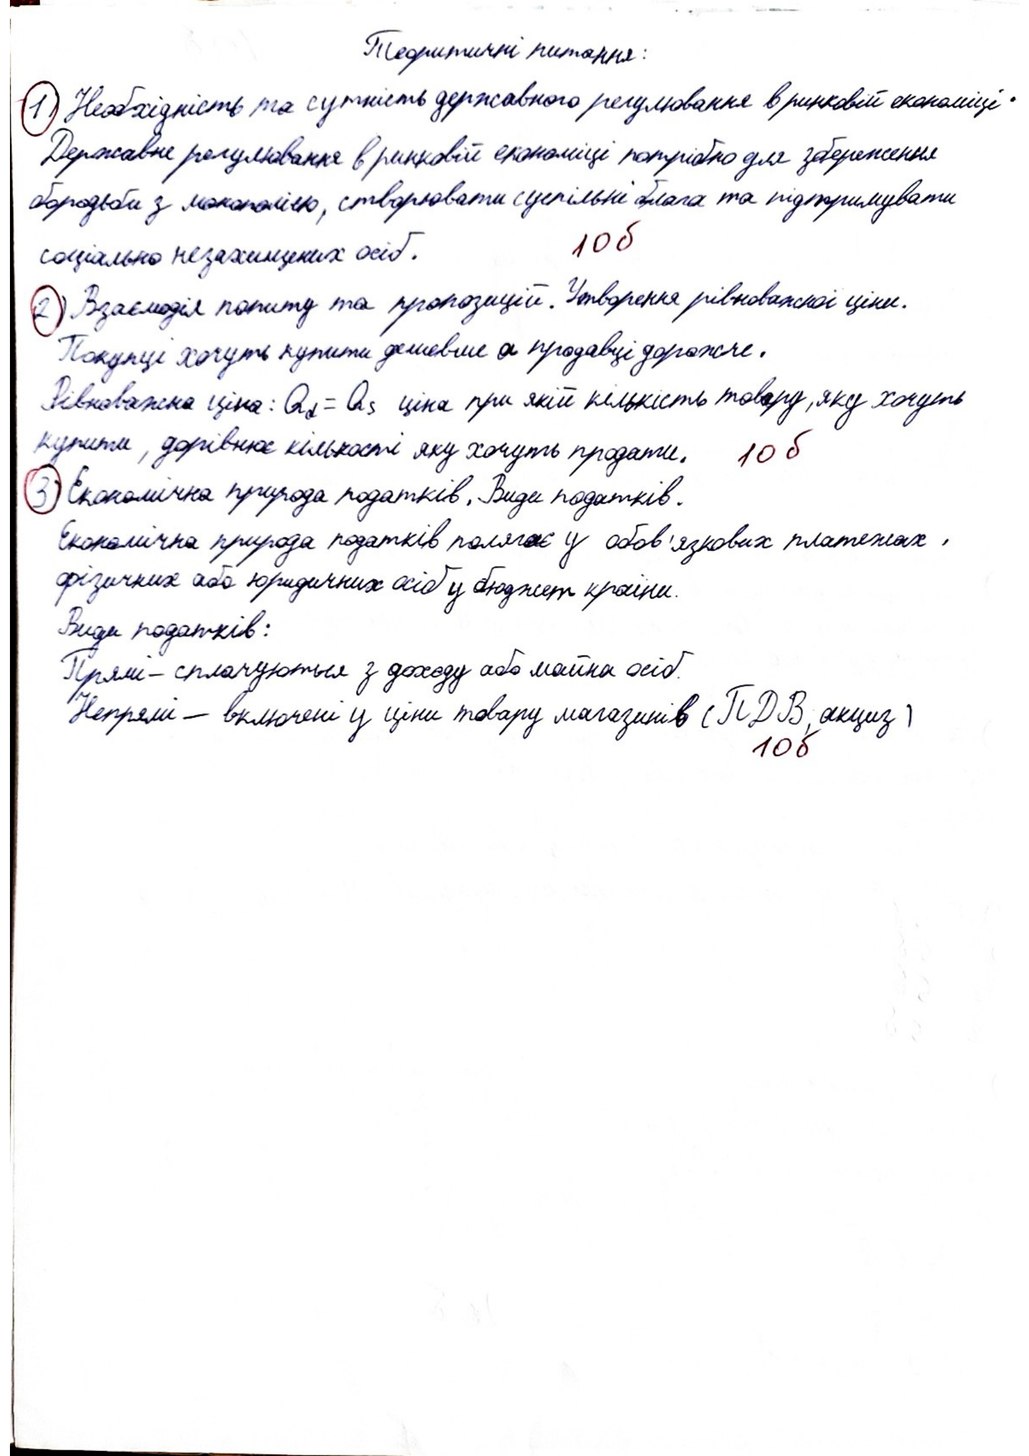
Теоритичні питання:
1) Необхідність та сутність державного регулювання в ринковій економіці.
Державне регулювання в ринковій економіці потрібно для збереження
бородьби з монополією, створювати суспільні блага та підтримувати
10б
соціально незахищених осіб.
2) Взаємодія попиту та пропозиції. Утворення рівноважної ціни.
Покупці хочуть купити дешевше а продавці дорожче.
Рівноважна ціна: Qd = Qs ціна при якій кількість товару, яку хочуть
купити, дорівнює кількості яку хочуть продати.
10 б
3) Економічна природа податків. Види податків.
Економічна природа податків полягає у обов'язкових платежах,
фізичних або юридичних осіб у бюджет країни.
Види податків:
Прямі - сплачуються з доходу або майна осіб.
Непрямі - включені у ціни товару магазинів (ПДВ, акциз)
10 б